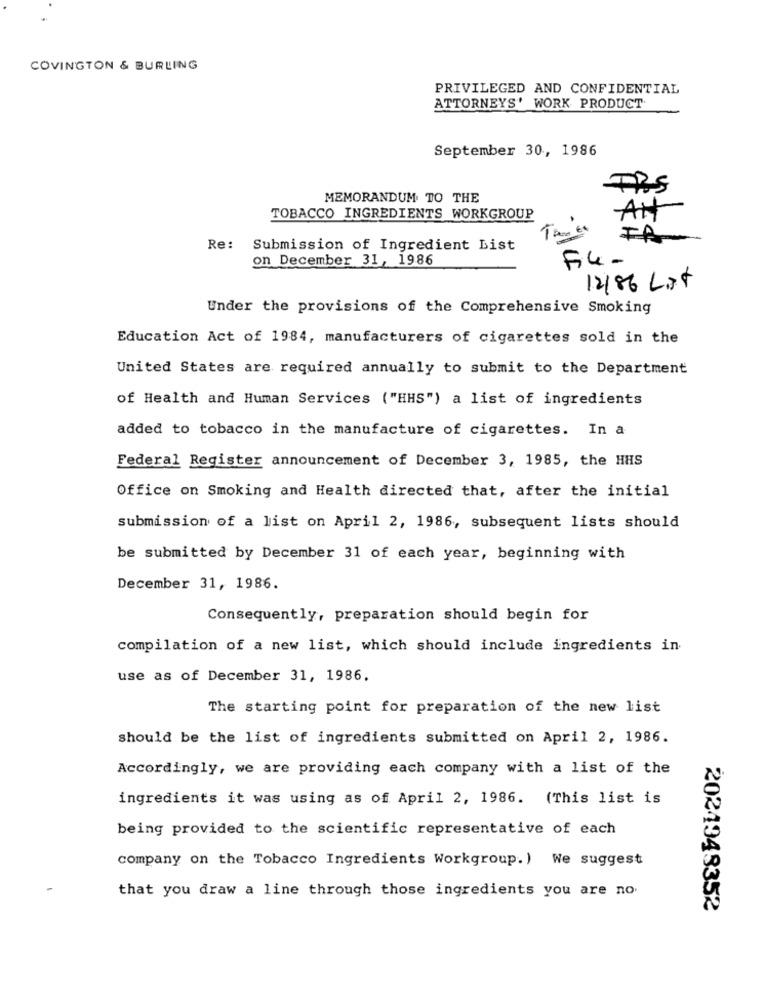
COVINGTON & BURLING
PRIVILEGED AND CONFIDENTIAL
ATTORNEYS' WORK PRODUCT
September 30, 1986
MEMORANDUM TO THE
AN
TOBACCO INGREDIENTS WORKGROUP
FA
Re: Submission of Ingredient List
on December 31, 1986
Fi4-
12186 Lxt
Under the provisions of the Comprehensive Smoking
Education Act of 1984, manufacturers of cigarettes sold in the
United States are required annually to submit to the Department
of Health and Human Services ("HHS") a list of ingredients
added to tobacco in the manufacture of cigarettes. In a
Federal Register announcement of December 3, 1985, the HHS
Office on Smoking and Health directed that, after the initial
submission of a list on April 2, 1986, subsequent lists should
be submitted by December 31 of each year, beginning with
December 31, 1986.
Consequently, preparation should begin for
compilation of a new list, which should include ingredients in
use as of December 31, 1986.
The starting point for preparation of the new list
should be the list of ingredients submitted on April 2, 1986.
Accordingly, we are providing each company with a list of the
ingredients it was using as of April 2, 1986. (This list is
being provided to the scientific representative of each
company on the Tobacco Ingredients Workgroup. ) We suggest
that you draw a line through those ingredients you are no.
2024948352